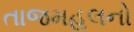
તાજમહલનો